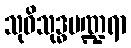
သုဝိသုဒ္ဓပဏ္ဍရာ